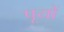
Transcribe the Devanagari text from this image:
पूयों